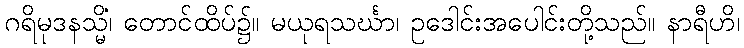
ဂရိမုဒနသ္မိံ၊ တောင်ထိပ်၌။ မယုရသင်္ဃာ၊ ဥဒေါင်းအပေါင်းတို့သည်။ နာရီဟိ၊